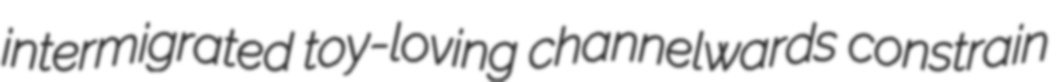
intermigrated toy-loving channelwards constrain